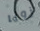
زويا